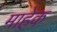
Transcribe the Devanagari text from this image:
माहेक